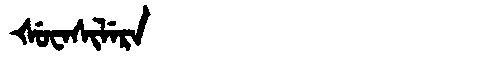
Manchu: ᡧᡠᠸᠠᠰᡳᠯᡝᡵᠠ
Romanization: ŠUWASILERA